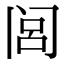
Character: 闾